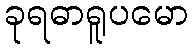
ခုရဓာရူပမော